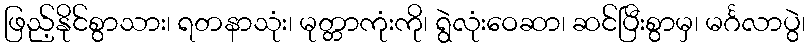
ဖြည့်နိုင်စွာသား၊ ရတနာသုံး၊ မုတ္တာကုံးကို၊ ရွဲလုံးဝေဆာ၊ ဆင်ပြီးစွာမှ၊ မင်္ဂလာပွဲ၊